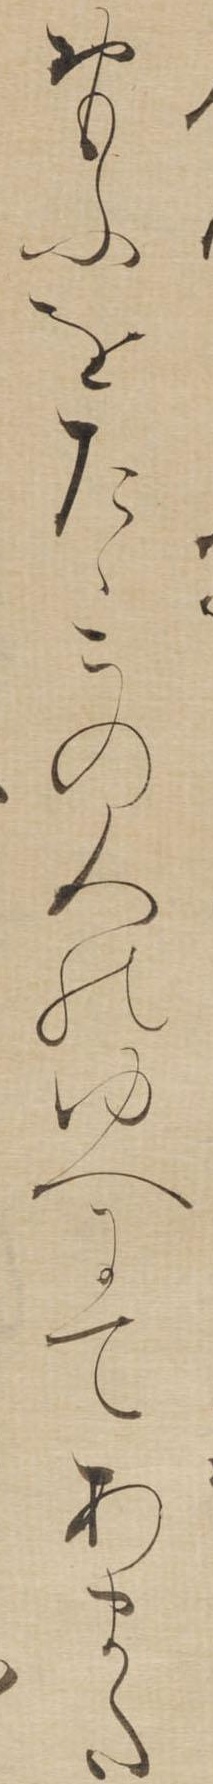
おもふをたゝこの人のゆへにてあまた